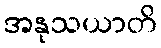
အနုသယာတိ